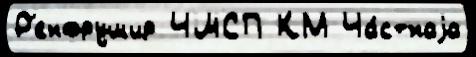
Р'енфрушир ЧШСП КМ Ча́стнаjа